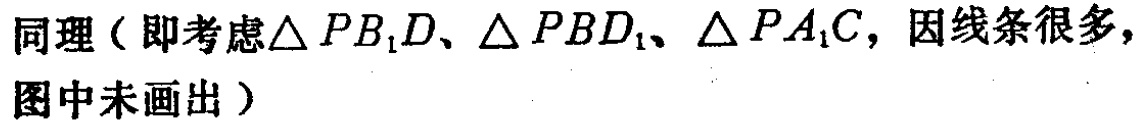
同理（即考虑$\triangle PB_{1}D$、$\triangle PBD_{1}$、$\triangle PA_{1}C$，因线条很多，图中未画出）